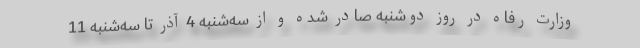
وزارت رفاه در روز دوشنبه صادر شده و از سه‌شنبه 4 آذر تا سه‌شنبه 11